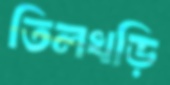
তিলখড়ি